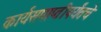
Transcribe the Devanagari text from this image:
कार्यसमाप्तीपर्यंतचे